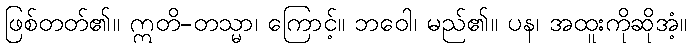
ဖြစ်တတ်၏။ ဣတိ-တသ္မာ၊ ကြောင့်။ ဘဝေါ၊ မည်၏။ ပန၊ အထူးကိုဆိုအံ့။